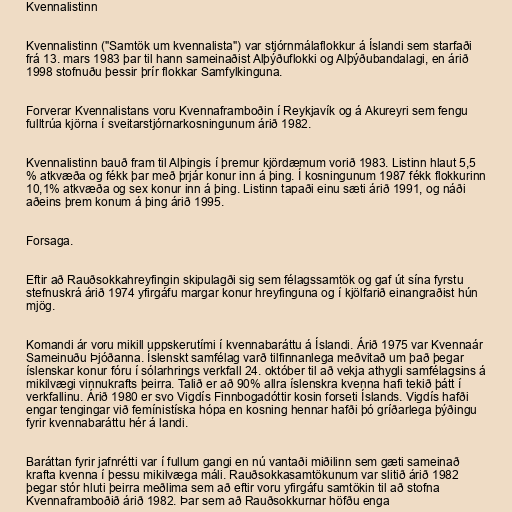
Kvennalistinn

Kvennalistinn ("Samtök um kvennalista") var stjórnmálaflokkur á Íslandi sem starfaði
frá 13. mars 1983 þar til hann sameinaðist Alþýðuflokki og Alþýðubandalagi, en árið
1998 stofnuðu þessir þrír flokkar Samfylkinguna.

Forverar Kvennalistans voru Kvennaframboðin í Reykjavík og á Akureyri sem fengu
fulltrúa kjörna í sveitarstjórnarkosningunum árið 1982.

Kvennalistinn bauð fram til Alþingis í þremur kjördæmum vorið 1983. Listinn hlaut 5,5
% atkvæða og fékk þar með þrjár konur inn á þing. Í kosningunum 1987 fékk flokkurinn
10,1% atkvæða og sex konur inn á þing. Listinn tapaði einu sæti árið 1991, og náði
aðeins þrem konum á þing árið 1995.

Forsaga.

Eftir að Rauðsokkahreyfingin skipulagði sig sem félagssamtök og gaf út sína fyrstu
stefnuskrá árið 1974 yfirgáfu margar konur hreyfinguna og í kjölfarið einangraðist hún
mjög.

Komandi ár voru mikill uppskerutími í kvennabaráttu á Íslandi. Árið 1975 var Kvennaár
Sameinuðu Þjóðanna. Íslenskt samfélag varð tilfinnanlega meðvitað um það þegar
íslenskar konur fóru í sólarhrings verkfall 24. október til að vekja athygli samfélagsins á
mikilvægi vinnukrafts þeirra. Talið er að 90% allra íslenskra kvenna hafi tekið þátt í
verkfallinu. Árið 1980 er svo Vigdís Finnbogadóttir kosin forseti Íslands. Vigdís hafði
engar tengingar við femínistíska hópa en kosning hennar hafði þó gríðarlega þýðingu
fyrir kvennabaráttu hér á landi.

Baráttan fyrir jafnrétti var í fullum gangi en nú vantaði miðilinn sem gæti sameinað
krafta kvenna í þessu mikilvæga máli. Rauðsokkasamtökunum var slitið árið 1982
þegar stór hluti þeirra meðlima sem að eftir voru yfirgáfu samtökin til að stofna
Kvennaframboðið árið 1982. Þar sem að Rauðsokkurnar höfðu enga